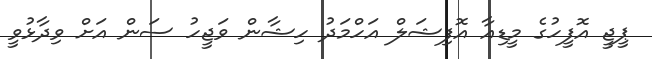
ޕީޖީ އޮފީހުގެ މީޑިއާ އޮފިޝަލް އަހްމަދު ހިޝާން ވަޖީހު ސަން އަށް ވިދާޅުވީ